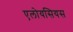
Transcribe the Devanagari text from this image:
एलोयसियस